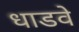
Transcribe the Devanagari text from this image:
धाडवे